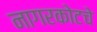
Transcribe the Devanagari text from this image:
नागरकोटचे